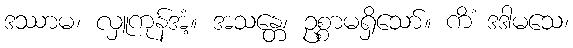
ဒဿာမ၊ လှူကုန်အံ့။ အသန္တေ၊ ဥစ္စာမရှိသော်။ ကိံ ဒဒါမသေ၊